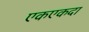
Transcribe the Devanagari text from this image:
एकएकदा